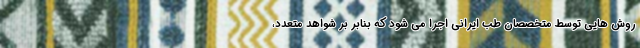
روش هایی توسط متخصصان طب ایرانی اجرا می شود که بنابر بر شواهد متعدد،